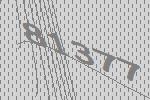
81377